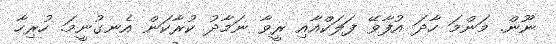
ނޫން. މަންމަ ހާދަ އުފާވޭ ފަލަކްއާއި ރީވާ ނަމާދު ކުރާކަން އެނގުނީމަ. ހުރިހާ